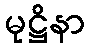
မုဋ္ဌိနာ